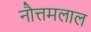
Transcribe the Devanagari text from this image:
नौत्तमलाल